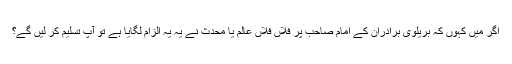
اگر میں کہوں کہ بریلوی برادران کے امام صاحب پر فلاں فلاں عالم یا محدث نے یہ یہ الزام لگایا ہے تو آپ تسلیم کر لیں گے؟